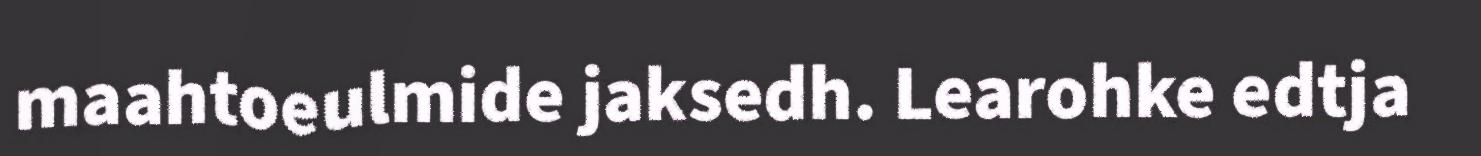
maahtoeulmide jaksedh. Learohke edtja